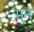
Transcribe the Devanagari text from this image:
मनं